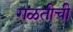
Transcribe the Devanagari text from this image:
गळतीची